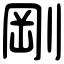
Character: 剛